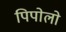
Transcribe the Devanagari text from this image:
पिपोलो